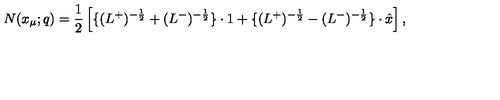
N ( x _ { \mu } ; q ) = \frac { 1 } { 2 } \left[ \{ ( L ^ { + } ) ^ { - \frac { 1 } { 2 } } + ( L ^ { - } ) ^ { - \frac { 1 } { 2 } } \} \cdot 1 + \{ ( L ^ { + } ) ^ { - \frac { 1 } { 2 } } - ( L ^ { - } ) ^ { - \frac { 1 } { 2 } } \} \cdot \hat { x } \right] ,